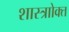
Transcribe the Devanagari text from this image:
शास्त्राोक्त